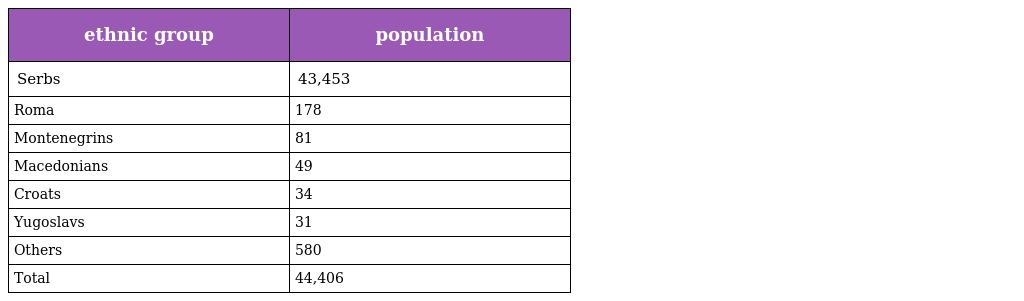
| ethnic group | population |
 | --- | --- |
 | Serbs | 43,453 |
 | Roma | 178 |
 | Montenegrins | 81 |
 | Macedonians | 49 |
 | Croats | 34 |
 | Yugoslavs | 31 |
 | Others | 580 |
 | Total | 44,406 |